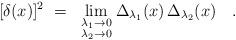
LaTeX: \begin{align*}[\delta(x)]^2 ~=~ \lim_{\scriptstyle\lambda_1\to 0 \atop\scriptstyle\lambda_2\to 0} \Delta_{\lambda_1}(x) \, \Delta_{\lambda_2}(x)\quad . \end{align*}